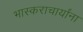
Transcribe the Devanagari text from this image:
भास्कराचार्यांना